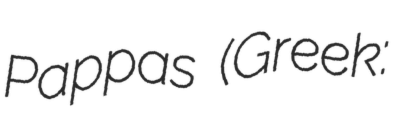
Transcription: Pappas (Greek: